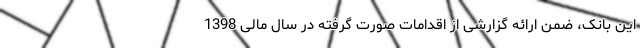
این بانک، ضمن ارائه گزارشی از اقدامات صورت گرفته در سال مالی 1398